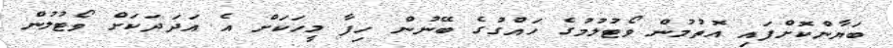
ބަޔާންކޮށްފައި އޮތުމުން ވޯޓުލުމުގެ ހައްގުގެ ބޭނުން ހިފާ މީހަކަށް އެ އަދަދަކަށް ވޯޓުލުން